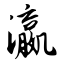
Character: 瀛